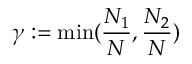
\gamma : = \operatorname* { m i n } ( \frac { N _ { 1 } } { N } , \frac { N _ { 2 } } { N } )